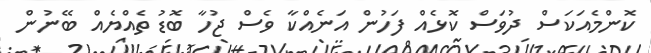
ކޮންމެއަކަސް ދުވަސް ކޮޅެއް ފަހުން އަނެއްކާ ވެސް ޖުހާ ބޮޑު ތެއްޔެއް ބޭނުން